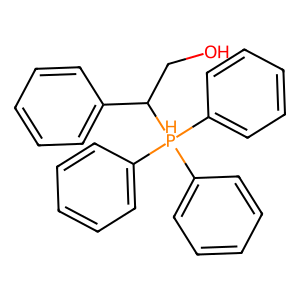
SMILES: OCC(c1ccccc1)[PH](c1ccccc1)(c1ccccc1)c1ccccc1
Inhibits HIV replication: No